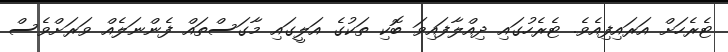
ޓެރެހަށް އަރައިފިއެވެ. ޓެރެހުގައި ދިއްލާފައިވަ ބޮކި ތަކުގެ އަލީގައި މާގަސްތައް ފެންނަލެއް ވަރަށްވެސް